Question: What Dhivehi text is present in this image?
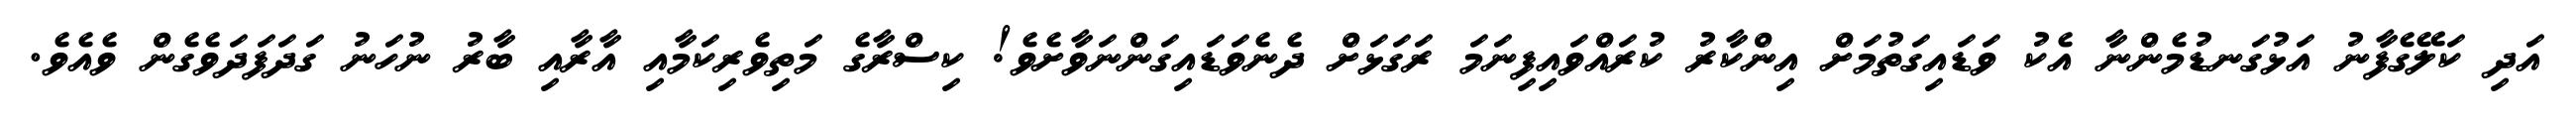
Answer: އަދި ކަލޭގެފާނު އަޅުގަނޑުމެންނާ އެކު ވަޑައިގަތުމަށް އިންކާރު ކުރައްވައިފިނަމަ ރަގަޅަށް ދެނެވަޑައިގަންނަވާށެވެ! ކިސްރާގެ މަތިވެރިކަމާއި އާރާއި ބާރު ނުހަނު ގަދަފަދަވެގެން ވެއެވެ.